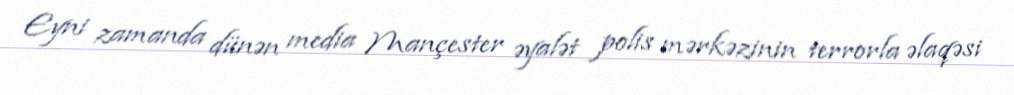
Eyni zamanda dünən media Mançester əyalət polis mərkəzinin terrorla əlaqəsi